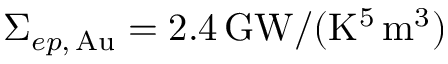
\Sigma _ { e p , \, \mathrm { A u } } = 2 . 4 \, \mathrm { G W } / ( \mathrm { K } ^ { 5 } \, \mathrm { m } ^ { 3 } )